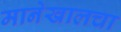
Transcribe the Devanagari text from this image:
मानेखालचा